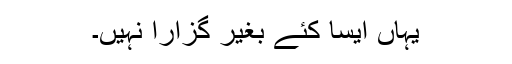
یہاں ایسا کئے بغیر گزارا نہیں۔